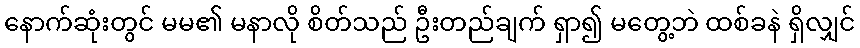
နောက်ဆုံးတွင် မမ၏ မနာလို စိတ်သည် ဦးတည်ချက် ရှာ၍ မတွေ့ဘဲ ထစ်ခနဲ ရှိလျှင်